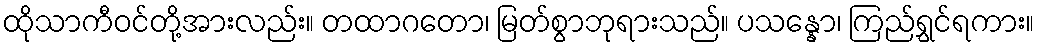
ထိုသာကီဝင်တို့အားလည်း။ တထာဂတော၊ မြတ်စွာဘုရားသည်။ ပသန္နော၊ ကြည်ရွှင်ရကား။